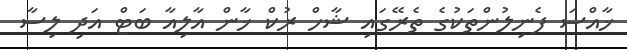
ޚާއްސަ ފެނިލުންތަކުގެ ތެރޭގައި ޝާހް ރުކް ޚާން އާލިއާ ބަޓް އަދި ލިސާ